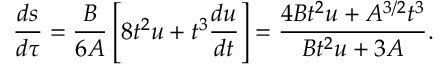
\frac { d s } { d \tau } = \frac { B } { 6 A } \left[ 8 t ^ { 2 } u + t ^ { 3 } \frac { d u } { d t } \right] = \frac { 4 B t ^ { 2 } u + A ^ { 3 / 2 } t ^ { 3 } } { B t ^ { 2 } u + 3 A } .